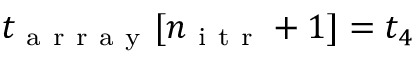
t _ { \mathrm { ~ a ~ r ~ r ~ a ~ y ~ } } [ n _ { \mathrm { ~ i ~ t ~ r ~ } } + 1 ] = t _ { 4 }